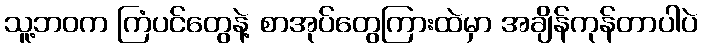
သူ့ဘဝက ကြံပင်တွေနဲ့ စာအုပ်တွေကြားထဲမှာ အချိန်ကုန်တာပါပဲ